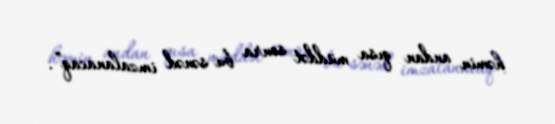
həmin andan qısa müddət sonra bu sənəd imzalanacaq”.